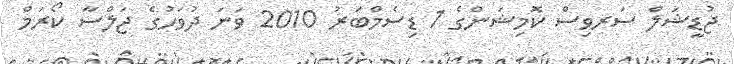
ޖުޑީޝަލް ސަރވިސް ކޮމިޝަންގެ 1 ޑިސެމްބަރު 2010 ވަނަ ދުވަހުގެ ޖަލްސާ ކޯރަމް